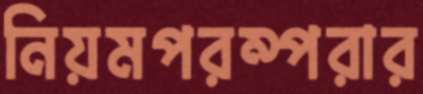
নিয়মপরম্পরার